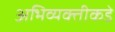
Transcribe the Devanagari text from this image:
अभिव्यक्तीकडे